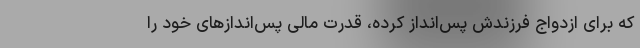
که برای ازدواج فرزندش پس‌انداز کرده، قدرت مالی‌ پس‌اندازهای خود را